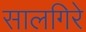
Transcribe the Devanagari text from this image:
सालगिरे